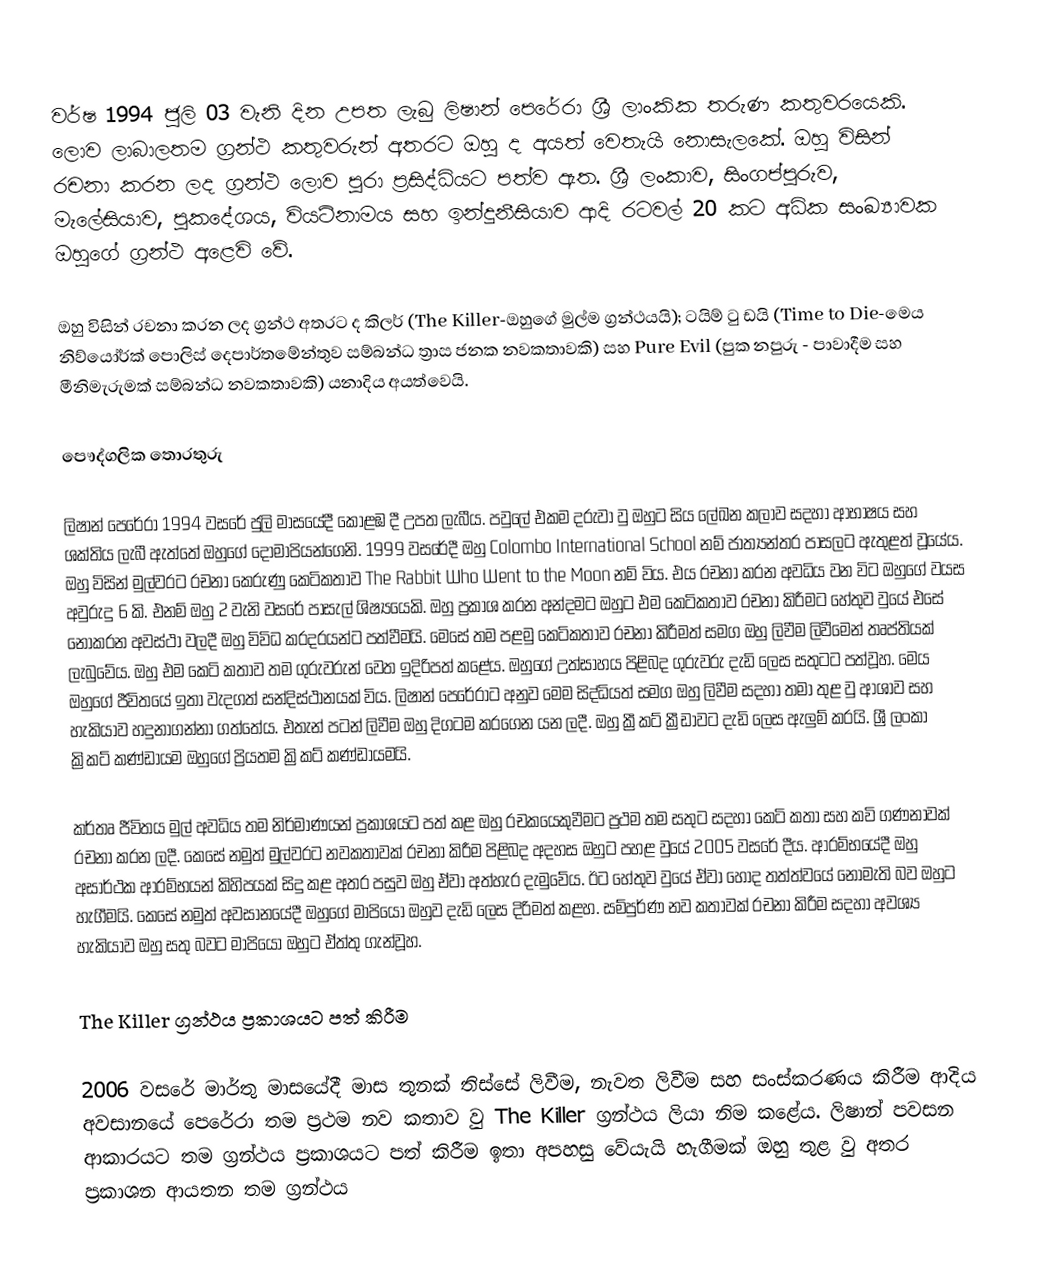
වර්ෂ 1994 ජුලි 03 වැනි දින උපත ලැබු ලිෂාන් පෙරේරා ශ්‍රී ලාංකික තරුණ කතුවරයෙකි. ලොව ලාබාලතම ග්‍රන්ථ කතුවරුන් අතරට ඔහු ද අයත් වෙතැයි නොසැලකේ. ඔහු විසින් රචනා කරන ලද ග්‍රන්ථ ලොව පුරා ප්‍රසිද්ධියට පත්ව ඇත. ශ්‍රී ලංකාව, සිංගප්පුරුව, මැලේසියාව, පුකදේශය, වියට්නාමය සහ ඉන්දුනීසියාව ආදි රටවල් 20 කට අධික සංඛ්‍යාවක ඔහුගේ ග්‍රන්ථ අළෙවි වේ.

ඔහු විසින් රචනා කරන ලද ග්‍රන්ථ අතරට ද කිලර් (The Killer-ඔහුගේ මුල්ම ග්‍රන්ථයයි); ටයිම් ටු ඩයි (Time to Die-මෙය නිව්යෝර්ක් පොලිස් දෙපාර්තමේන්තුව සම්බන්ධ ත්‍රාස ජනක නවකතාවකි) සහ Pure Evil (පුක නපුරු - පාවාදීම සහ මීනිමැරුමක් සම්බන්ධ නවකතාවකි) යනාදිය අයත්වෙයි.

පෞද්ගලික තොරතුරු

ලිෂාන් පෙරේරා 1994 වසරේ ජුලි මාසයේදී කොළඹ දී උපත ලැබීය. පවුලේ එකම දරුවා වු ඔහුට සිය ලේඛන කලාව සදහා ආභාෂය සහ ශක්තිය ලැබී ඇත්තේ ඔහුගේ දොමාපියන්ගෙනි. 1999 වසරේදී ඔහු Colombo International School නම් ජාත්‍යන්තර පාසලට ඇතුළත් වූයේය. ඔහු විසින් මුල්වරට රචනා කෙරුණු කෙටිකතාව The Rabbit Who Went to the Moon නම් විය. එය රචනා කරන අවධිය වන විට ඔහුගේ වයස අවුරුදු 6 කි. එනම් ඔහු 2 වැනි වසරේ පාසැල් ශිෂ්‍යයෙකි. ඔහු ප්‍රකාශ කරන අන්දමට ඔහුට එම කෙටිකතාව රචනා කිරීමට හේතුව වුයේ එසේ නොකරන අවස්ථා වලදී ඔහු විවිධ කරදරයන්ට පත්වීමයි. මෙසේ තම පළමු කෙටිකතාව රචනා කිරීමත් සමග ඔහු ලිවීම ලිවීමෙන් තෘප්තියක් ලැබුවේය. ඔහු එම කෙටි කතාව තම ගුරුවරුන් වෙත ඉදිරිපත් කළේය. ඔහුගේ උත්සාහය පිළිබද ගුරුවරු දැඩි ලෙස සතුටට පත්වූහ. මෙය ඔහුගේ ජීවිතයේ ඉතා වැදගත් සන්දිස්ථානයක් විය. ලිෂාන් පෙරේරාට අනුව මෙම සිද්ධියත් සමග ඔහු ලිවීම සදහා තමා තුළ වු ආශාව සහ හැකියාව හදුනාගන්නා ගත්තේය. එතැන් පටන් ලිවීම ඔහු දිගටම කරගෙන යන ලදී. ඔහු ක්‍රීකට් ක්‍රීඩාවට දැඩි ලෙස ඇලුම් කරයි. ශ්‍රී ලංකා ක්‍රිකට් කණ්ඩායම ඔහුගේ ප්‍රියතම ක්‍රිකට් කණ්ඩායමයි.

කර්තෘ ජීවිතය මුල් අවධිය තම නිර්මාණයන් ප්‍රකාශයට පත් කළ ඔහු රචකයෙකුවීමට ප්‍රථම තම සතුට සදහා කෙටි කතා සහ කවි ගණනාවක් රචනා කරන ලදී. කෙසේ නමුත් මුල්වරට නවකතාවක් රචනා කිරීම පිළිබද අදහස ඔහුට පහළ වුයේ 2005 වසරේ දීය. ආරම්භයේදී ඔහු අසාර්ථක ආරම්භයන් කිහිපයක් සිදු කළ අතර පසුව ඔහු ඒවා අත්හැර දැමුවේය. ඊට හේතුව වුයේ ඒවා හොද තත්ත්වයේ නොමැති බව ඔහුට හැගීමයි. කෙසේ නමුත් අවසානයේදී ඔහුගේ මාපියෝ ඔහුව දැඩි ලෙස දිරිමත් කළහ. සම්පුර්ණ නව කතාවක් රචනා කිරීම සදහා අවශ්‍ය හැකියාව ඔහු සතු බවට මාපියෝ ඔහුට ඒත්තු ගැන්වූහ.

The Killer ග්‍රන්ථය ප්‍රකාශයට පත් කිරීම

2006 වසරේ මාර්තු මාසයේදී මාස තුනක් තිස්සේ ලිවීම, නැවත ලිවීම සහ සංස්කරණය කිරීම ආදිය අවසානයේ පෙරේරා තම ප්‍රථම නව කතාව වු The Killer ග්‍රන්ථය ලියා නිම  කළේය. ලිෂාන් පවසන ආකාරයට තම ග්‍රන්ථය ප්‍රකාශයට පත් කිරීම ඉතා අපහසු වේයැයි හැගීමක් ඔහු තුළ වු අතර ප්‍රකාශන ආයතන තම ග්‍රන්ථය